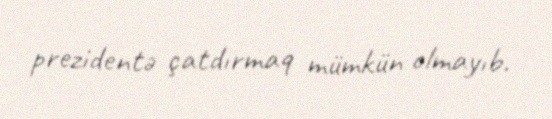
prezidentə çatdırmaq mümkün olmayıb.